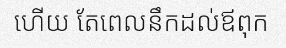
ហើយ តែពេលនឹកដល់ឪពុក